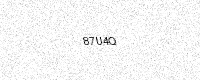
Text: 87U4Q